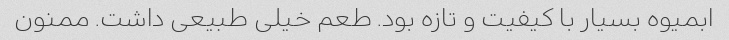
ابمیوه بسیار با کیفیت و تازه بود. طعم خیلی طبیعی داشت. ممنون